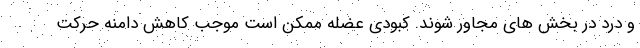
و درد در بخش های مجاور شوند. کبودی عضله ممکن است موجب کاهش دامنه حرکت